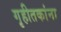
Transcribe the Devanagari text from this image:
गृहीतकांना